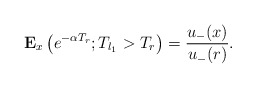
\begin{align*}\mathbf{E}_x\left(e^{-\alpha T_{r}}; T_{l_1}>T_{r} \right)=\frac{u_-(x)}{u_-(r)}. \end{align*}